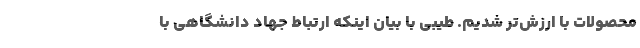
محصولات با ارزش‌تر شدیم. طیبی با بیان اینکه ارتباط جهاد دانشگاهی با